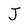
Character: J